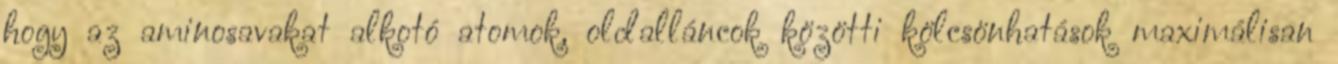
hogy az aminosavakat alkotó atomok, oldalláncok közötti kölcsönhatások maximálisan